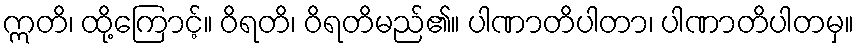
ဣတိ၊ ထို့ကြောင့်။ ဝိရတိ၊ ဝိရတိမည်၏။ ပါဏာတိပါတာ၊ ပါဏာတိပါတမှ။